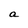
Character: a